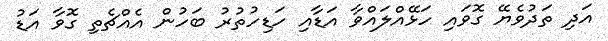
އަދި ތަދުވެޔޭ ގޮވައި ހަޅޭއްލައްވާ އަޑާއި ހަޑިހުތުރު ބަހުން އެއްޗެތި ގޮވާ އަޑު